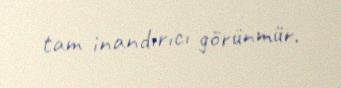
tam inandırıcı görünmür.